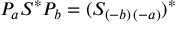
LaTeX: P _ { a } S ^ { \ast } P _ { b } = ( S _ { ( - b ) \, ( - a ) } ) ^ { \ast }